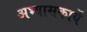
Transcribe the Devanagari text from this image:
अभ्यासकार्ये